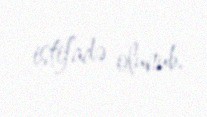
istifadə olunub.